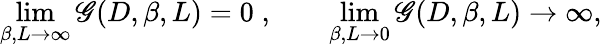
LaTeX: \operatorname*{lim}_{\beta,L\rightarrow\infty}\mathscr{G}(D,\beta,L)=0\; ,\; \; \; \; \; \; \; \operatorname*{lim}_{\beta,L\rightarrow0}\mathscr{G}(D,\beta,L)\rightarrow\infty,